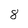
Character: 8